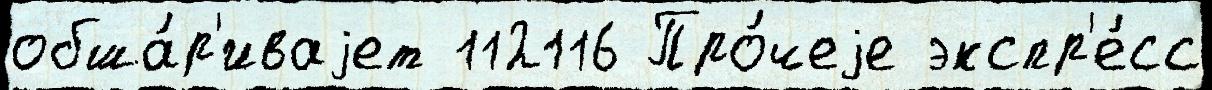
обша́р'иваjет 112116 Про́чеjе экспр'е́сс